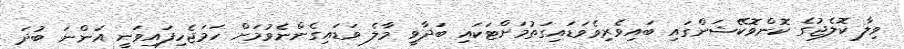
ވިލާ ކޮލެޖުގެ ކޮންވޮކޭޝަންގައި ބައިވެރިވެވަޑައިގަތުމަށްޓަކައި ބަދާވީ މާލެ ވަޑައިގެންނެވުމަށް ހަމަޖެހިފައިވަނީ އަންނަ ބުދަ